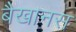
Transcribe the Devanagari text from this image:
बैखानस